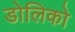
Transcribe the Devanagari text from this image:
डोलिको